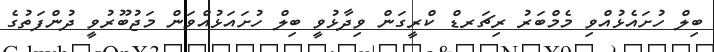
ބިލް ހުށައެޅުއްވި މެމްބަރު ރިޗަރޑް ކްރީގަން ވިދާޅުވީ ބިލް ހުށައަޅުއްވަން މަޖުބޫރުވީ ދުންފަތުގެ